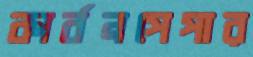
কার্বনপেপার